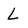
Character: L